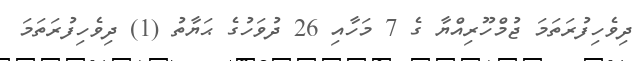
ދިވެހިފުރަތަމަ ޖުމްހޫރިއްޔާ ގެ 7 މަހާއި 26 ދުވަހުގެ ޙަޔާތު (1) ދިވެހިފުރަތަމަ